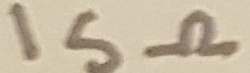
Text: 15Ω